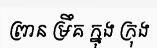
ព្រាន ម្រឹគ ក្នុង ក្រុង